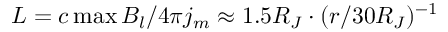
L = c \operatorname* { m a x } B _ { l } / 4 \pi j _ { m } \approx 1 . 5 R _ { J } \cdot ( r / 3 0 R _ { J } ) ^ { - 1 }